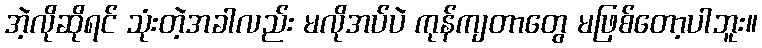
အဲ့လိုဆိုရင် သုံးတဲ့အခါလည်း မလိုအပ်ပဲ ကုန်ကျတာတွေ မဖြစ်တော့ပါဘူး။